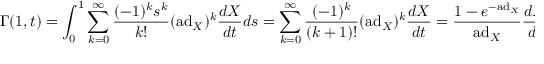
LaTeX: \Gamma ( 1 , t ) = \int _ { 0 } ^ { 1 } \sum _ { k = 0 } ^ { \infty } { \frac { ( - 1 ) ^ { k } s ^ { k } } { k ! } } ( \mathrm { a d } _ { X } ) ^ { k } { \frac { d X } { d t } } d s = \sum _ { k = 0 } ^ { \infty } { \frac { ( - 1 ) ^ { k } } { ( k + 1 ) ! } } ( \mathrm { a d } _ { X } ) ^ { k } { \frac { d X } { d t } } = { \frac { 1 - e ^ { - \mathrm { a d } _ { X } } } { \mathrm { a d } _ { X } } } { \frac { d X } { d t } } ,